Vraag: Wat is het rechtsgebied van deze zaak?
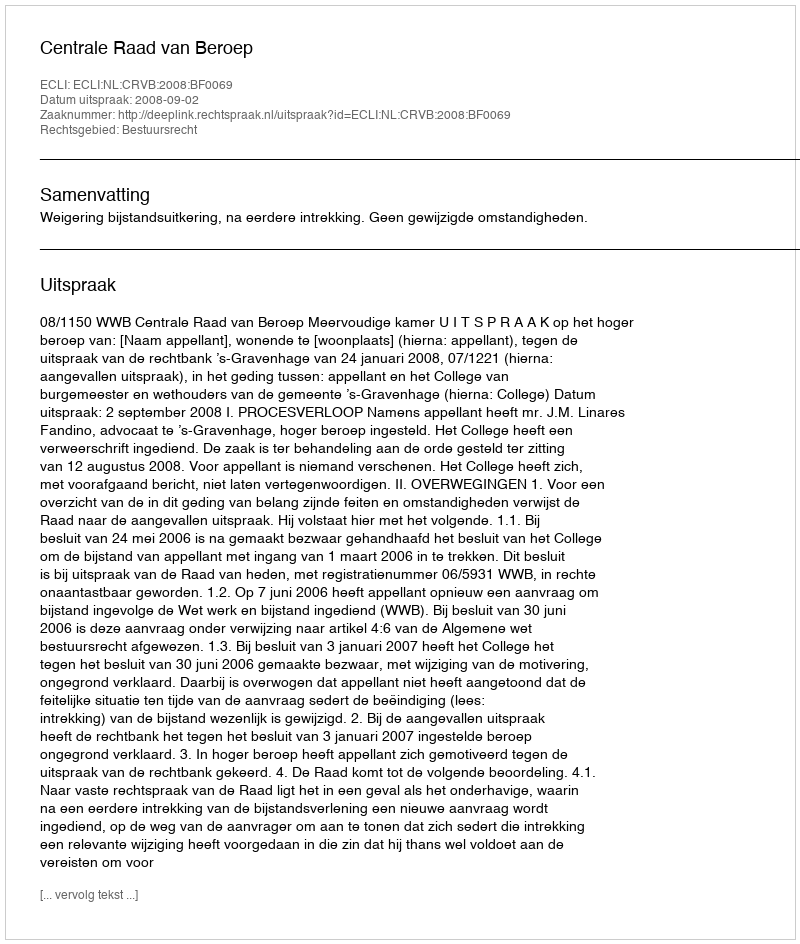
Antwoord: Bestuursrecht